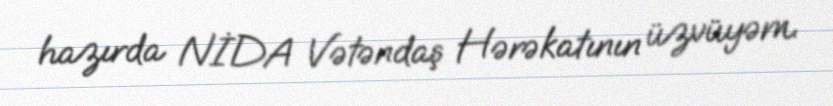
hazırda NİDA Vətəndaş Hərəkatının üzvüyəm.